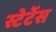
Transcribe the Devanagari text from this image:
स्टेटेंस